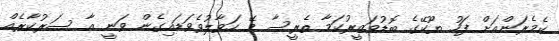
ކެމެރަންއަށް ފަހު ޔޫކޭގެ ބޮޑުވަޒީރުކަމާ ތެރީސާ މޭ ހަވާލުވެވަޑައިގެން ވަނީ އާ ސަރުކާރެއް